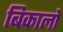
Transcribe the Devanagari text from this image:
बिकालो